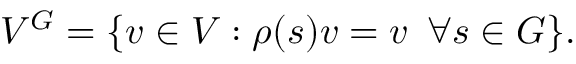
V ^ { G } = \{ v \in V : \rho ( s ) v = v \, \, \, \forall s \in G \} .